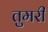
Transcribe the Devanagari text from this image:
तुमरी